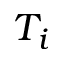
T _ { i }